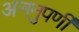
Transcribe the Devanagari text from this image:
अननुपर्णी